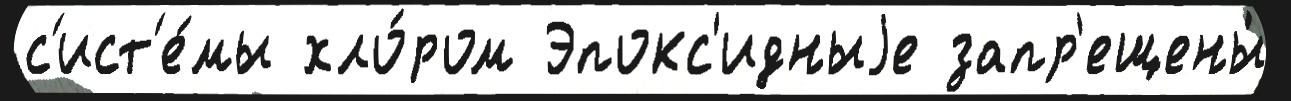
с'ист'е́мы хло́ром Эпокс'идныjе запр'ещены́